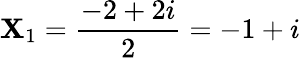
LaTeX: \mathbf{X}_{1}=\frac{{-2+2i}}{{2}}=-1+i